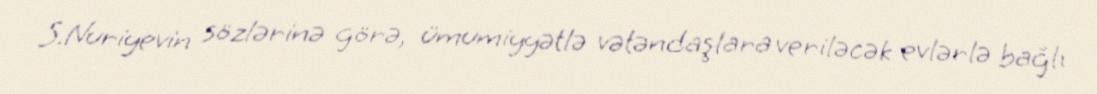
S.Nuriyevin sözlərinə görə, ümumiyyətlə vətəndaşlara veriləcək evlərlə bağlı